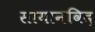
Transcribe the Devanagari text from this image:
सायानविद